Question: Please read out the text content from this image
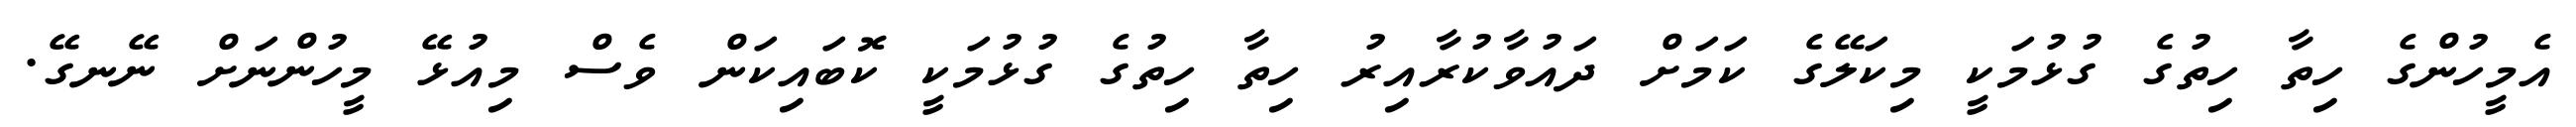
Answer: އެމީހުންގެ ހިތާ ހިތުގެ ގުޅުމަކީ މިކަލޭގެ ކަމަށް ދައުވާކުރާއިރު ހިތާ ހިތުގެ ގުޅުމަކީ ކޮބައިކަން ވެސް މިއުޅޭ މީހުންނަށް ނޭނގޭ.